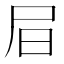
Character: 𡰶